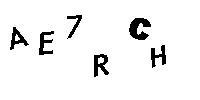
AE7RCH